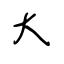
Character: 大